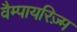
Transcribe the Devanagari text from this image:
वैम्पायरिज़्म